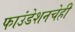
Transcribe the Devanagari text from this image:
फाउंडेशनचेही